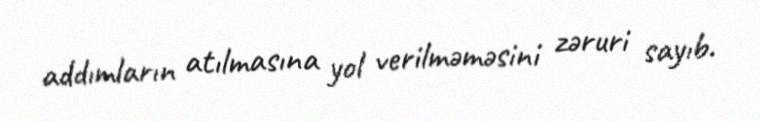
addımların atılmasına yol verilməməsini zəruri sayıb.